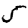
Digit: 5